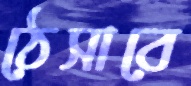
ঠেসাবে